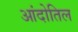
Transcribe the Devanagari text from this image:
आंदोतिल